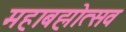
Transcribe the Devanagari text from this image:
महाबह्मोत्‍सव